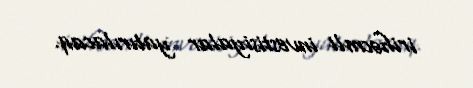
irihəcmli investisiyalar yatırılacaq.